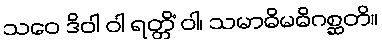
သဝေ ဒိဝါ ဝါ ရတ္တိံ ဝါ၊ သမာဓိမဓိဂစ္ဆတိ။